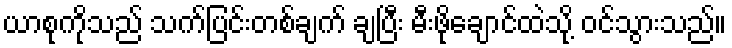
ယာစုကိုသည် သက်ပြင်းတစ်ချက် ချပြီး မီးဖိုချောင်ထဲသို့ ဝင်သွားသည်။